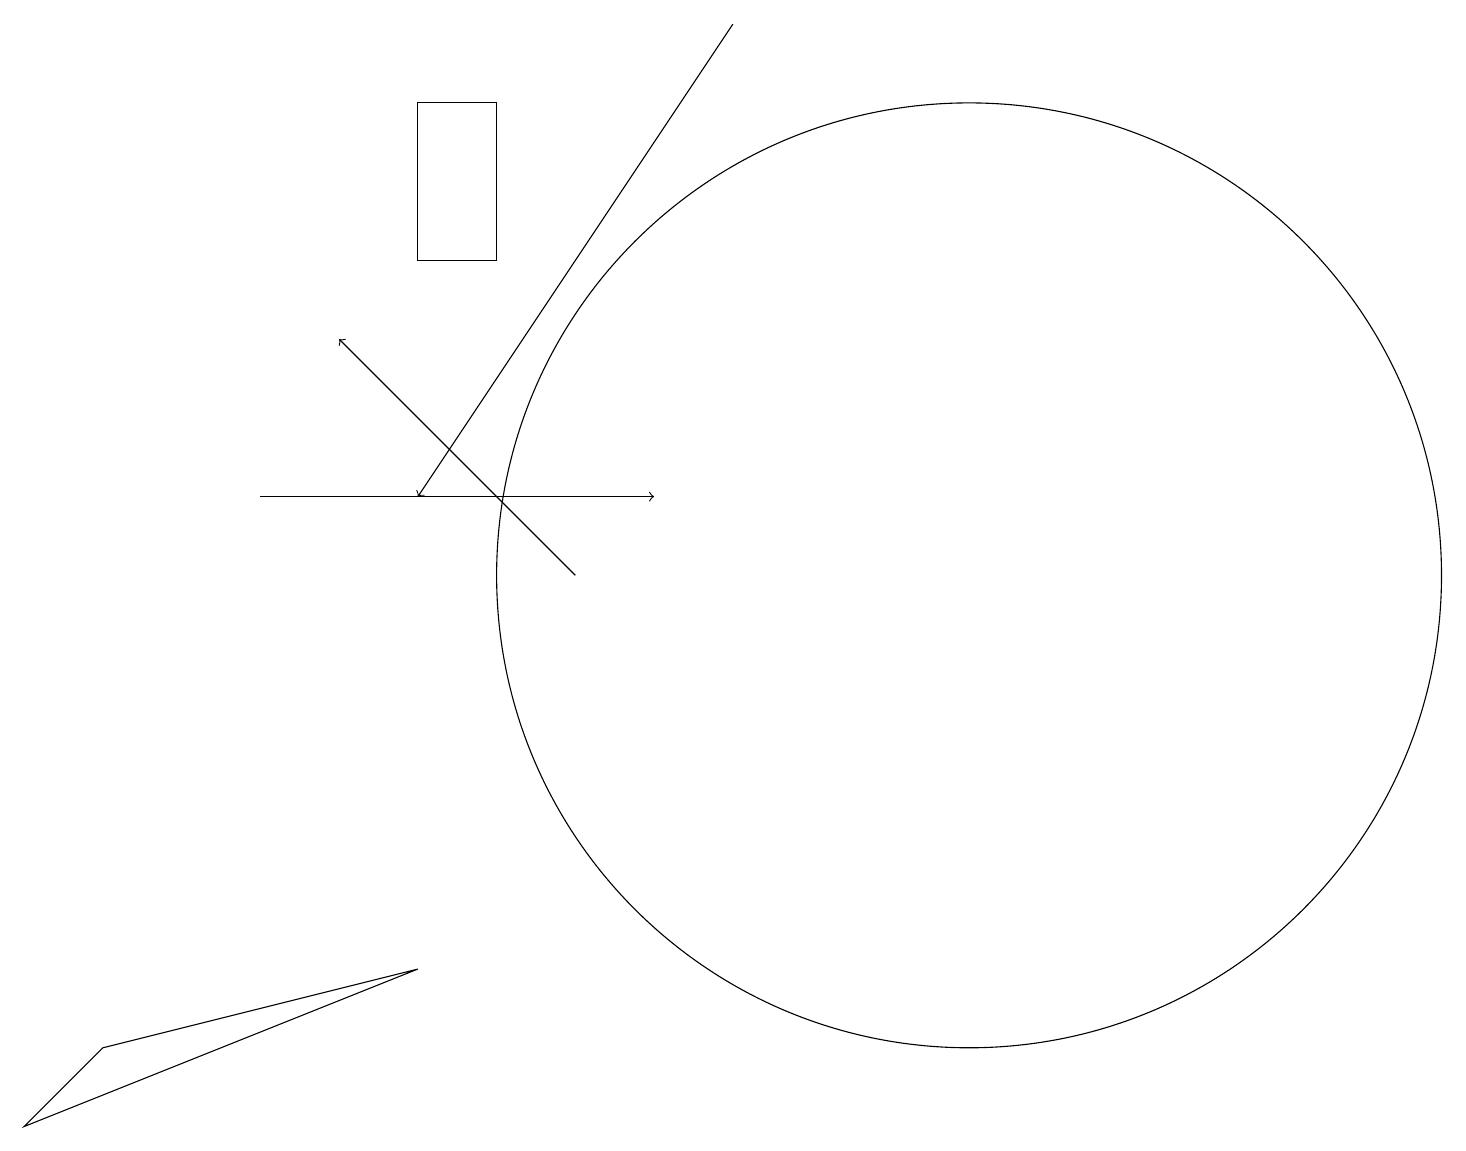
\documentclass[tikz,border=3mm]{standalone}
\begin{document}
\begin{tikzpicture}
\draw (12,12) circle (6);
\draw[->] (3,13) -- (8,13);
\draw (1,6) -- (0,5) -- (5,7) -- cycle;
\draw (5,18) rectangle (6,16);
\draw[->] (7,12) -- (4,15);
\draw[->] (9,19) -- (5,13);
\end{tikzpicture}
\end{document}